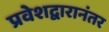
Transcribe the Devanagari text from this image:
प्रवेशद्वारानंतर